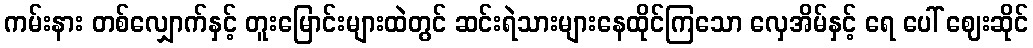
ကမ်းနား တစ်လျှောက်နှင့် တူးမြောင်းများထဲတွင် ဆင်းရဲသားများနေထိုင်ကြသော လှေအိမ်နှင့် ရေ ပေါ် ဈေးဆိုင်